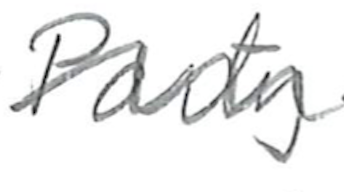
Text: Party
Cross-out: mix
Writing tool: pencil